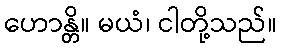
ဟောန္တိ။ မယံ၊ ငါတို့သည်။